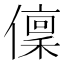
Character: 𠏟